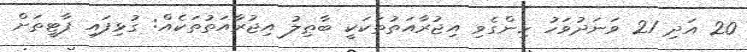
20 އަދި 21 ވަނަދުވަހު ހިންގެވި އިޖުރާއަތުތަކަކީ ބާޠިލު އިޖުރާއަތުތަކެއް: ގުޅިފައި ޕާޓީތަށް